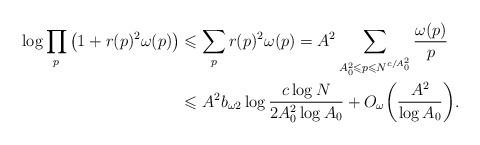
LaTeX: \begin{align*}\log\prod_p\big(1+r(p)^2\omega(p)\big)&\leqslant\sum_p r(p)^2\omega(p)=A^2\sum_{A_0^2\leqslant p\leqslant N^{c/A_0^2}}\frac{\omega(p)}p\\&\leqslant A^2b_{\omega 2}\log\frac{c\log N}{2A_0^2\log A_0}+O_{\omega}\bigg(\frac{A^2}{\log A_0}\bigg).\end{align*}